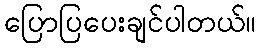
ပြောပြပေးချင်ပါတယ်။